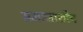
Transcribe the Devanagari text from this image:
समाजाशीच